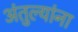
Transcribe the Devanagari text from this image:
अंतुल्यांना